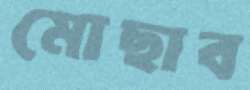
মোছাব